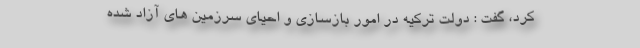
کرد، گفت : دولت ترکیه در امور بازسازی و احیای سرزمین های آزاد شده